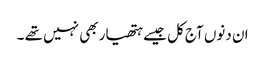
ان دنوں آج کل جیسے ہتھیار بھی نہیں تھے ۔